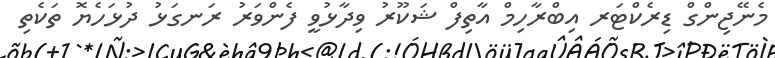
މެނޭޖިންގް ޑިރެކްޓަރ އިބްރާހިމް އާތިފް ޝަކޫރު ވިދާޅުވީ ފެންވަރު ރަނގަޅު ދުޅަހެޔޮ ތަކެތި